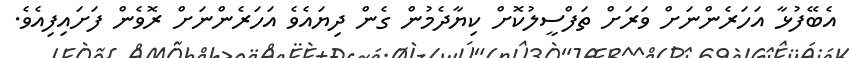
އެބޭފުޅާ އަހަރެންނަށް ވަރަށް ތަފްސީލުކޮށް ކިޔާދެމުން ގެން ދިޔައެވެ އަހަރެންނަށް ރޮވެން ފަށައިފިއެވެ.